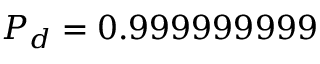
P _ { d } = 0 . 9 9 9 9 9 9 9 9 9